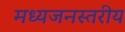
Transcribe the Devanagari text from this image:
मध्यजनस्तरीय